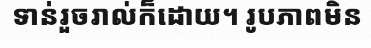
ទាន់រួចរាល់ក៏ដោយ។ រូបភាពមិន